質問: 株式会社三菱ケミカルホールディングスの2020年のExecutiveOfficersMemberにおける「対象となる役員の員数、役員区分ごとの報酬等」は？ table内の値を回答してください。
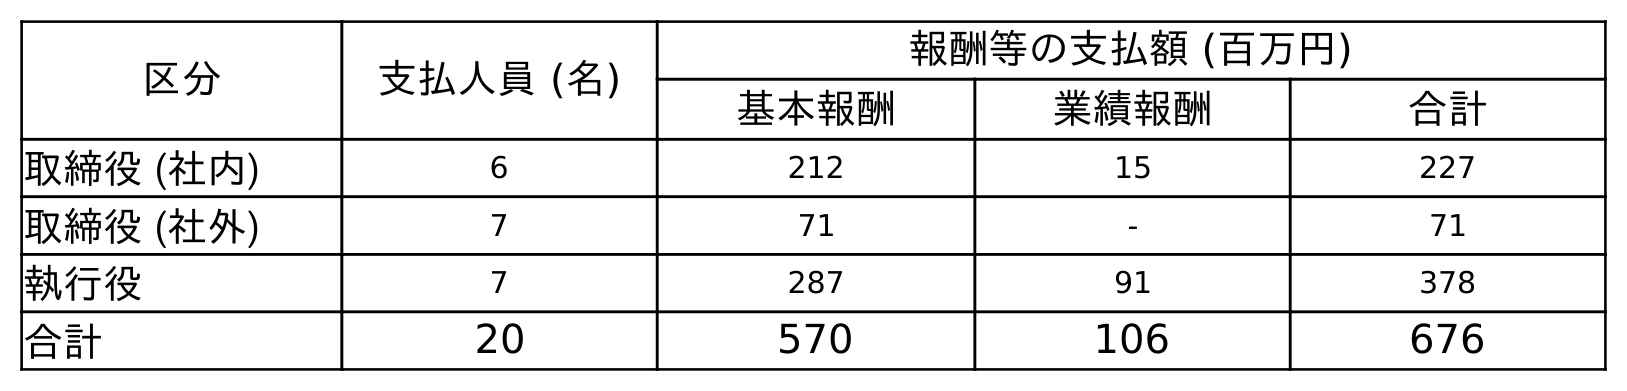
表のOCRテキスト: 区分 支払人員 (名) 報酬等の支払額 (百万円) 基本報酬 業績報酬 合計 取締役 (社内) 6 212 15 227 取締役 (社外) 7 71 - 71 執行役 7 287 91 378 合計 20 570 106 676
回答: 7